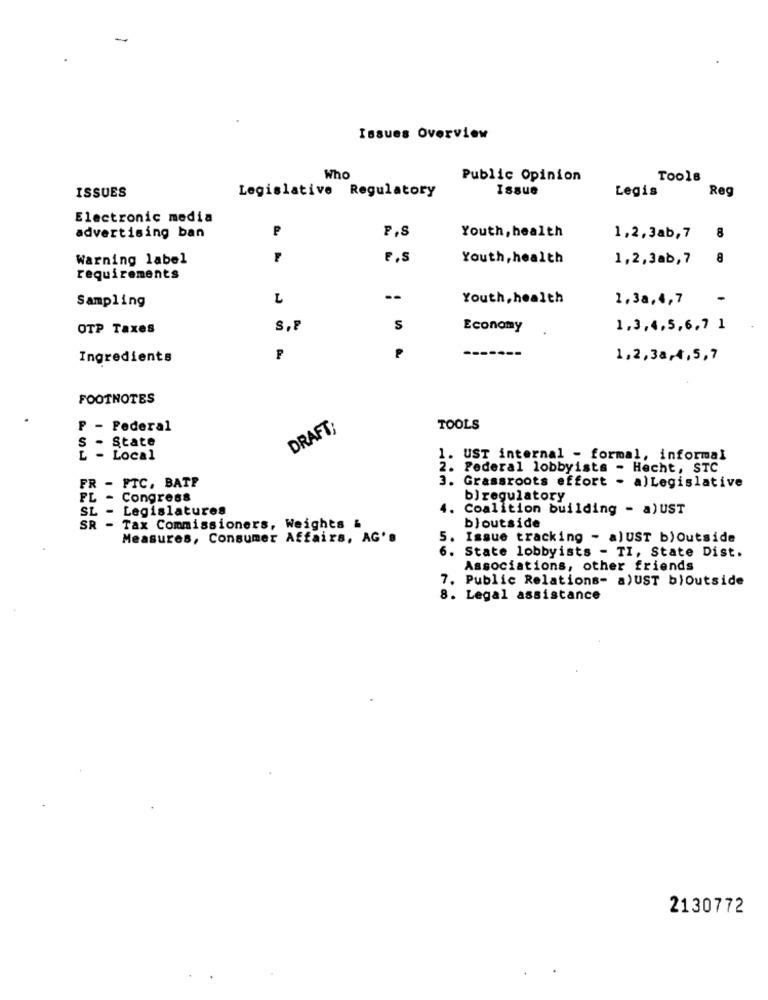
Issues Overview
Who
Public Opinion
Tools
ISSUES
Issue
Reg
Legislative Regulatory
Legis
Electronic media
P
P.S
Youth, health
advertising ban
1,2,3ab, 7
8
Warning label
F
P.S
Youth, health
1,2,3ab, 7
8
requirements
Sampling
L
--
Youth, health
1,3a,4,7
-
OTP Taxes
S
Economy
1,3,4,5,6,7 1
P
Ingredients
--
1,2,38,4,5,7
FOOTNOTES
F - Federal
DRAFT
TOOLS
S
State
L - Local
1. UST internal - formal, informal
2. Federal lobbyists - Hecht, STC
3. Grassroots effort - a)Legislative
FR - FTC, BATE
FL - Congress
b)regulatory
SL - Legislatures
4.
Coalition building - a) UST
SR - Tax Commissioners, Weights &
bjoutside
Measures, Consumer Affairs, AG's
5. Issue tracking - a) UST b) Outside
6. State lobbyists - TI, State Dist.
Associations, other friends
7.
Public Relations- a)UST b)Outside
8. Legal assistance
2130772